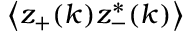
\left< z _ { + } ( k ) z _ { - } ^ { * } ( k ) \right>